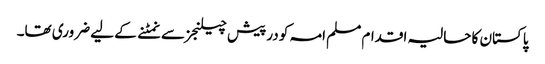
پاکستان کا حالیہ اقدام مسلم امہ کو درپیش چیلنجز سے نمٹنے کے لیے ضروری تھا۔